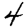
Digit: 4